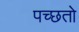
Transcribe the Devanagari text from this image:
पच्छतो